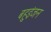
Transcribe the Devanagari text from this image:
बहुइंजन